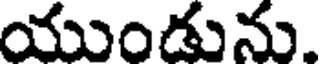
యుండును.